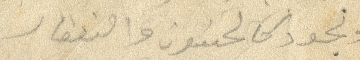
ونجود كالحسون والنفقار